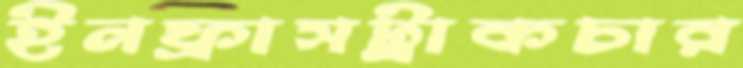
ইনফ্রাসট্রাকচার